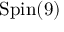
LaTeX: \mathrm { S p i n } ( 9 )